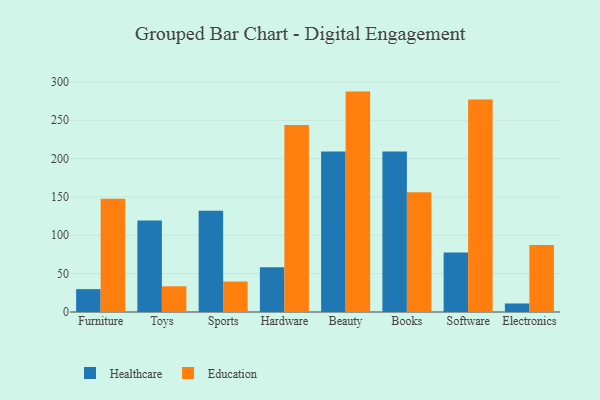
{"axis": {"x": "Category", "y": "Net Income (USD K)"}, "legend": ["Education", "Healthcare"], "data": [{"x": "Furniture", "y": 29.8, "type": "Healthcare"}, {"x": "Furniture", "y": 147.7, "type": "Education"}, {"x": "Toys", "y": 119.2, "type": "Healthcare"}, {"x": "Toys", "y": 33.5, "type": "Education"}, {"x": "Sports", "y": 132.0, "type": "Healthcare"}, {"x": "Sports", "y": 39.7, "type": "Education"}, {"x": "Hardware", "y": 58.2, "type": "Healthcare"}, {"x": "Hardware", "y": 243.9, "type": "Education"}, {"x": "Beauty", "y": 209.1, "type": "Healthcare"}, {"x": "Beauty", "y": 287.3, "type": "Education"}, {"x": "Books", "y": 209.3, "type": "Healthcare"}, {"x": "Books", "y": 156.2, "type": "Education"}, {"x": "Software", "y": 77.7, "type": "Healthcare"}, {"x": "Software", "y": 277.1, "type": "Education"}, {"x": "Electronics", "y": 11.1, "type": "Healthcare"}, {"x": "Electronics", "y": 87.2, "type": "Education"}]}